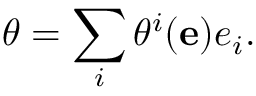
\theta = \sum _ { i } \theta ^ { i } ( \mathbf { e } ) e _ { i } .